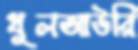
ধুলআউরি